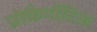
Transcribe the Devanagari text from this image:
प्रोकैर्योटिक